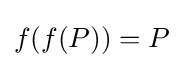
f(f(P))=P